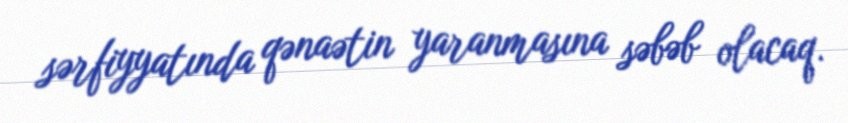
sərfiyyatında qənaətin yaranmasına səbəb olacaq.